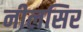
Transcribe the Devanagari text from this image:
नीलसिर